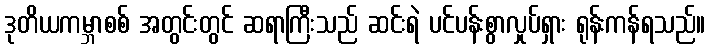
ဒုတိယကမ္ဘာစစ် အတွင်းတွင် ဆရာကြီးသည် ဆင်းရဲ ပင်ပန်းစွာလှုပ်ရှား ရုန်းကန်ရသည်။